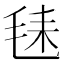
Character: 𪵛